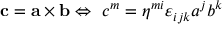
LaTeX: \mathbf { c } = \mathbf { a \times b } \Leftrightarrow \ c ^ { m } = \eta ^ { m i } \varepsilon _ { i j k } a ^ { j } b ^ { k }